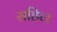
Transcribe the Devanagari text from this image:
सहिल